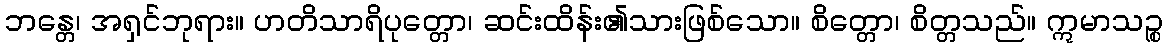
ဘန္တေ၊ အရှင်ဘုရား။ ဟတိသာရိပုတ္တော၊ ဆင်းထိန်း၏သားဖြစ်သော။ စိတ္တော၊ စိတ္တသည်။ ဣမာသဉ္စ